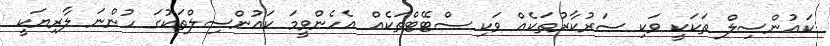
ކައުންސިލް ތަކަކީ ވަކި ސަރުކާރުތަކެއް ވަކި ސްޓޭޓްތަކެއް އެހެންވީމަ ކައުންސިލްތަކުގަ ހުންނަ ލާރިޔަކީ